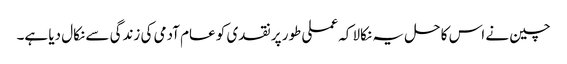
چین نے اس کا حل یہ نکالا کہ عملی طور پر نقدی کو عام آدمی کی زندگی سے نکال دیا ہے۔